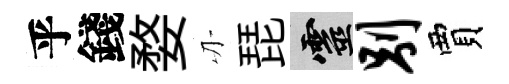
乎錢婺刃琵靈别賈